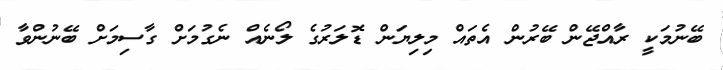
ބޭނުމަކީ ރާއްޖޭން ބޭރުން އެތައް މިލިޔަން ޑޮލަރުގެ ލޯނެއް ނެގުމަށް ގާސިމަށް ބޭނުންވާ